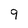
Character: 9